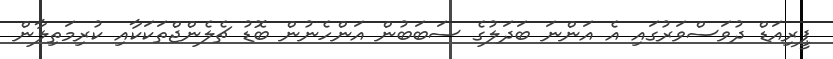
ޕީރިއަޑް ދުވަސްވަރުގައި އެ އަންނަ ބަދަލުގެ ސަބަބުން އަންހެނުން ބޮޑު ޗެލެންޖްތަކަކާއި ކުރިމަތިލާން